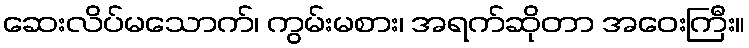
ဆေးလိပ်မသောက်၊ ကွမ်းမစား၊ အရက်ဆိုတာ အဝေးကြီး။